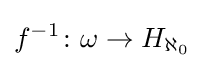
\displaystyle f^{-1}\colon \omega \to H_{\aleph _{0}}